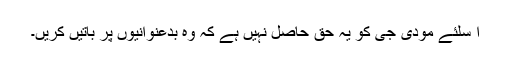
ا سلئے مودی جی کو یہ حق حاصل نہیں ہے کہ وہ بدعنوانیوں پر باتیں کریں۔